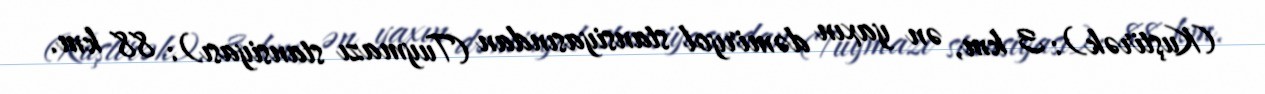
(Kuştirək): 3 km, ən yaxın dəmiryol stansiyasından (Tuymazı stansiyası): 88 km.